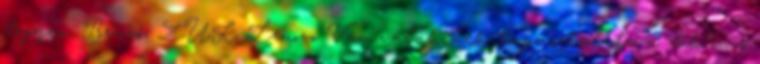
legyen. Bravó, ZUK Lenovo Van valakinek tapasztalata a zuk.eu-s